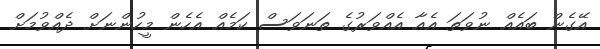
އޭގެން ބައެއް ނުވަތަ އެއާ އެއްވަރުގެ ތަނަވަސް ކަމެއް އެހެން މީހުންނަށް ދެއްވުމަށް